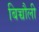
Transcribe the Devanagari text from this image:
बिच्चौली